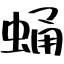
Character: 蛹